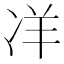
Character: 𭂎